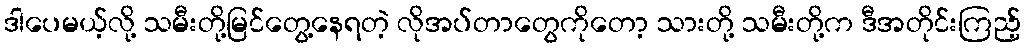
ဒါပေမယ့်လို့ သမီးတို့မြင်တွေ့နေရတဲ့ လိုအပ်တာတွေကိုတော့ သားတို့ သမီးတို့က ဒီအတိုင်းကြည့်